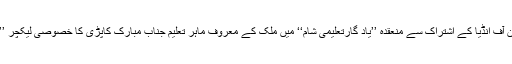
ماہنامہ گُل بوٹے ممبئی اور ہفت روزہ اُردو میلہ سولاپور کی جانب سے خدمتِ خلق آرگنائزیشن آف انڈیا کے اشتراک سے منعقدہ ’’یاد گارتعلیمی شام‘‘ میں ملک کے معروف ماہر تعلیم جناب مبارک کاپڑی کا خصوصی لیکچر ’’ملک اور قوم کی ترقی اساتذہ، سرپرست اور طلبہ کی ذمہ داریاں‘‘ اس موضوع پر رکھا گیاتھا۔